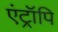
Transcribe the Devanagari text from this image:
एंट्रॉपि